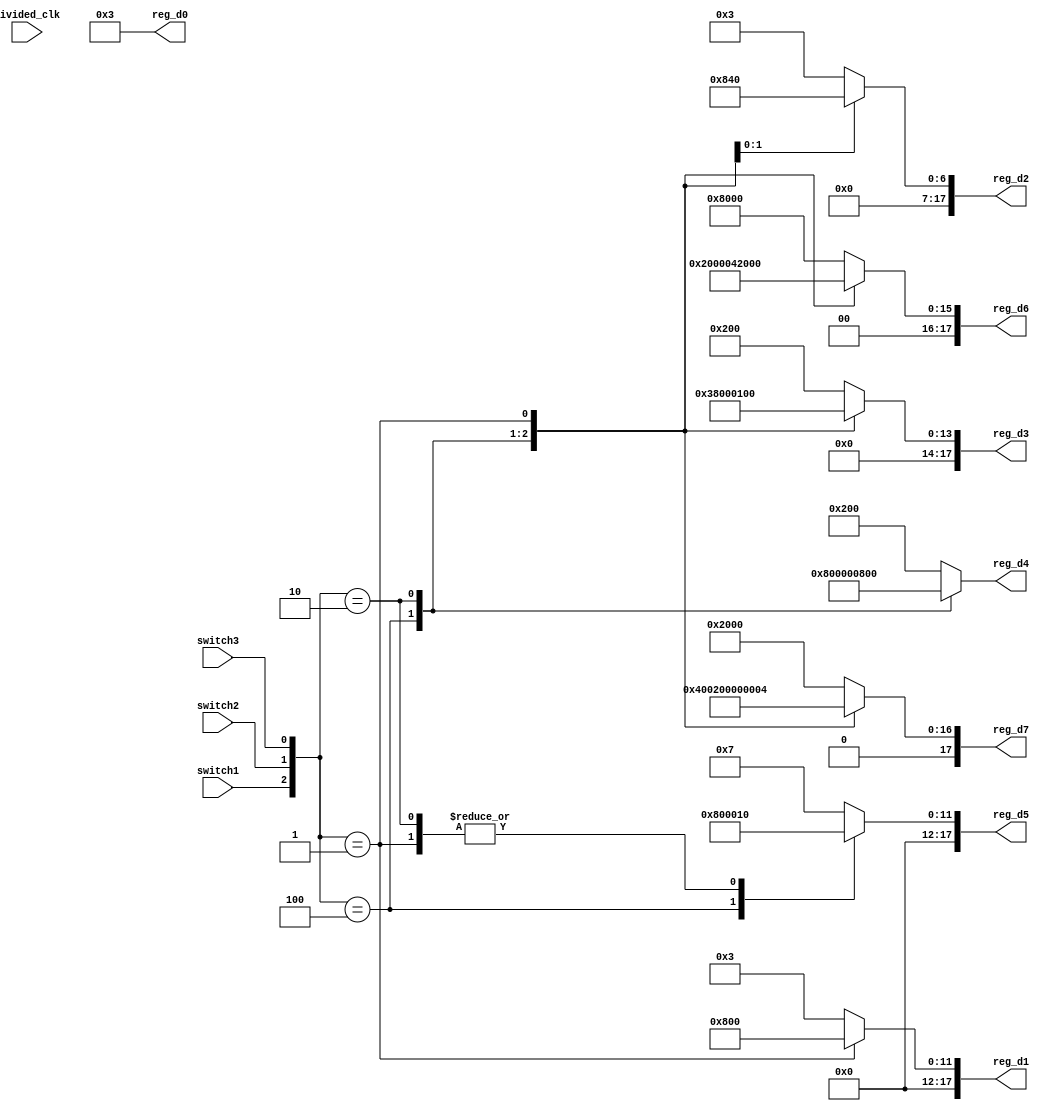
`timescale 1ns / 1ps
//////////////////////////////////////////////////////////////////////////////////
// Company: 
// Engineer: 
// 
// Design Name: 
// Module Name: text_logic
// Project Name: 
// Target Devices: 
// Tool Versions: 
// Description: 
// 
// Dependencies: 
// 
// Revision:
// Revision 0.01 - File Created
// Additional Comments:
// 
//////////////////////////////////////////////////////////////////////////////////

module text_logic(
    input divided_clk,
    input switch1,
    input switch2,
    input switch3,
    output reg [17:0] reg_d0, // count for right-most digit
    output reg [17:0] reg_d1, 
    output reg [17:0] reg_d2, 
    output reg [17:0] reg_d3,
    output reg [17:0] reg_d4, 
    output reg [17:0] reg_d5,
    output reg [17:0] reg_d6, 
    output reg [17:0] reg_d7  // count for left-most digit
    );
    
    always @(*)
      begin
        case ({switch1, switch2, switch3})
          3'b100  : begin
                       reg_d0 <= 18'b11;
                       reg_d1 <= 18'b11;
                       reg_d2 <= 18'b11;
                       reg_d3 <= 18'b11;            // FPGA
                       reg_d4 <= 18'b100000000000000000;
                       reg_d5 <= 18'b000000100000000000;
                       reg_d6 <= 18'b000000000000100000;
                       reg_d7 <= 18'b000001000000000000;
                    end
          3'b010  : begin
                        reg_d0 <= 18'b11;
                        reg_d1 <= 18'b11;
                        reg_d2 <= 18'b000000000000010000;
                        reg_d3 <= 18'b000010000000000000;          // bUrGEr
                        reg_d4 <= 18'b000000100000000000;
                        reg_d5 <= 18'b000000000000010000;
                        reg_d6 <= 18'b000000000000000100;
                        reg_d7 <= 18'b010000000000000000;
                    end
          3'b001  : begin
                        reg_d0 <= 18'b11;
                        reg_d1 <= 18'b000000100000000000;
                        reg_d2 <= 18'b000000000001000000;
                        reg_d3 <= 18'b000000000100000000;       // VErILOG
                        reg_d4 <= 18'b000000001000000000;
                        reg_d5 <= 18'b000000000000010000;
                        reg_d6 <= 18'b000010000000000000;
                        reg_d7 <= 18'b000000000000000100;
                    end
                    
                    default: begin
                        reg_d0 <= 18'b11;
                        reg_d1 <= 18'b11;
                        reg_d2 <= 18'b11;
                        reg_d3 <= 18'b000000001000000000;        // EC311
                        reg_d4 <= 18'b000000001000000000;
                        reg_d5 <= 18'b111;
                        reg_d6 <= 18'b001000000000000000;
                        reg_d7 <= 18'b000010000000000000;
                    end
        endcase   
    end
     
endmodule